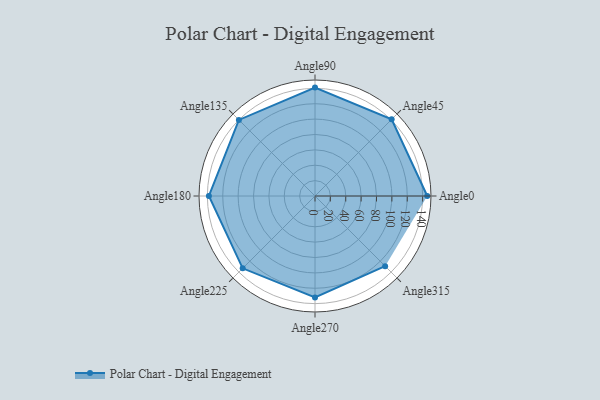
{"axis": {"x": "Angle", "y": "Radius"}, "legend": [""], "data": [{"x": "Angle0", "y": 146.0, "type": ""}, {"x": "Angle45", "y": 141.0, "type": ""}, {"x": "Angle90", "y": 141.0, "type": ""}, {"x": "Angle135", "y": 140.0, "type": ""}, {"x": "Angle180", "y": 138.0, "type": ""}, {"x": "Angle225", "y": 133.0, "type": ""}, {"x": "Angle270", "y": 132.0, "type": ""}, {"x": "Angle315", "y": 129.0, "type": ""}]}